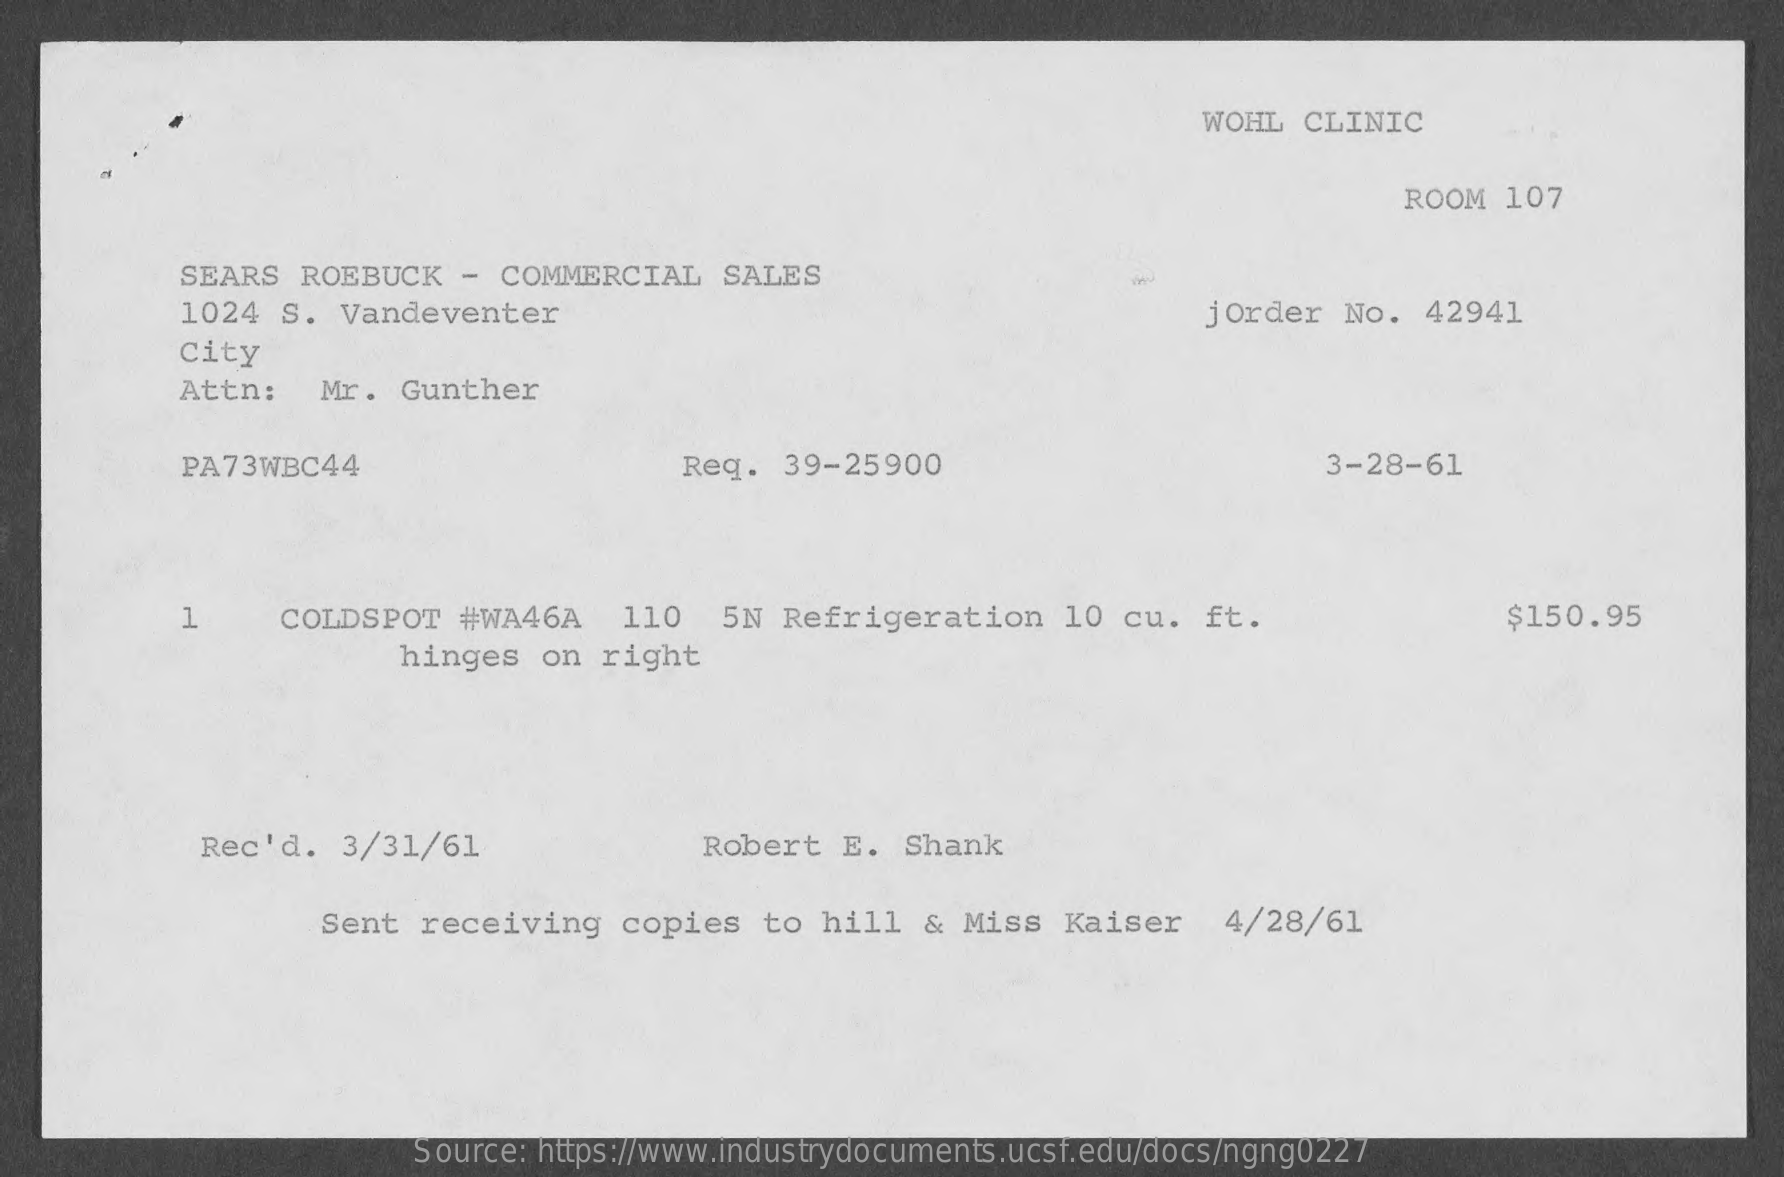
WOHL  CLINIC
     ROOM  107
     SEARS   ROEBUCK   - COMMERCIAL    SALES
     1024  S.  Vandeventer    jOrder  No.  42941
     City
     Attn:    Mr.  Gunther
     PA73WBC44    Reg.   39-25900    3-28-61
     1    COLDSPOT  #WA46A    110   5N Refrigeration    10 cu.   ft.    $150.95
     hinges  on  right
     Rec'd.  3/31/61    Robert  E.  Shank
     Sent  receiving   copies   to  hill  & Miss   Kaiser    4/28/61
     Source: https://www.industrydocuments.ucsf.edu/docs/ngng0227